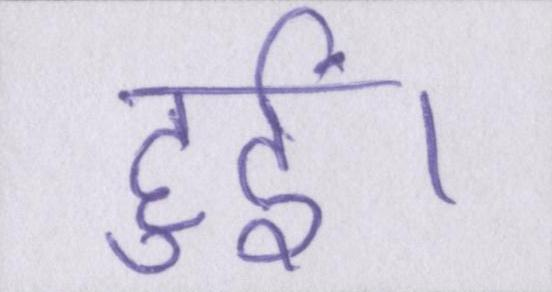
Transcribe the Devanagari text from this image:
हुईं।